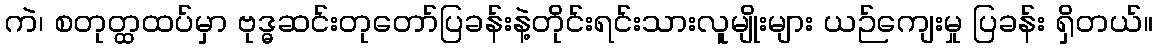
ကဲ၊ စတုတ္ထထပ်မှာ ဗုဒ္ဓဆင်းတုတော်ပြခန်းနဲ့တိုင်းရင်းသားလူမျိုးများ ယဉ်ကျေးမှု ပြခန်း ရှိတယ်။